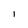
Character: 1